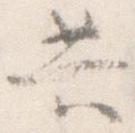
共